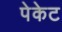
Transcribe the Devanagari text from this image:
पेकेट